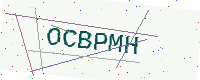
Text: OCBPMH